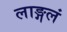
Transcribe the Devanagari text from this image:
लाङ्गलं